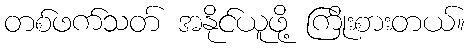
တစ်ဖက်သတ် အနိုင်ယူဖို့ ကြိုးစားတယ်။